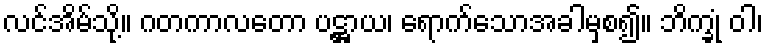
လင်အိမ်သို့။ ဂတကာလတော ပဋ္ဌာယ၊ ရောက်သောအခါမှစ၍။ ဘိက္ခုံ ဝါ၊